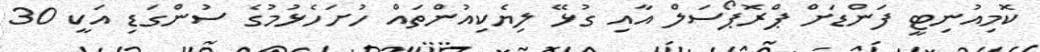
ކޮމިއުނިޓީ ފަންޑަށް ޕްރޮޕޯސަލް އާއި ގުޅޭ ލިޔެކިއުންތައް ހުށަހެޅުމުގެ ސުންގަޑި އަކީ 30